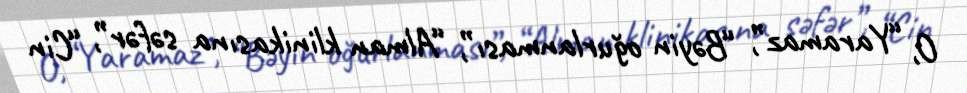
O, “Yaramaz”, “Bəyin oğurlanması”, “Alman klinikasına səfər”, “Cin